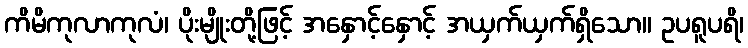
ကိမိကုလာကုလံ၊ ပိုးမျိုးတို့ဖြင့် အနှောင့်နှောင့် အယှက်ယှက်ရှိသော။ ဥပရူပရိ၊